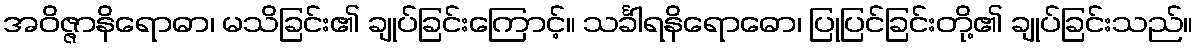
အဝိဇ္ဇာနိရောဓာ၊ မသိခြင်း၏ ချုပ်ခြင်းကြောင့်။ သင်္ခါရနိရောဓော၊ ပြုပြင်ခြင်းတို့၏ ချုပ်ခြင်းသည်။